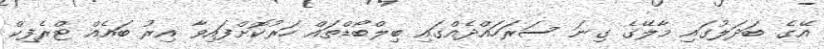
އޭގެ ބަދަލުގައި މާލޭގެ ގިނަ ސަރަހައްދެއްގައި ބިލްބޯޑްތައް ހަރުކޮށްފައިވާ އިރު ބައެއް ޓްރެފިކް